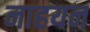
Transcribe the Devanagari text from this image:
नाहयन